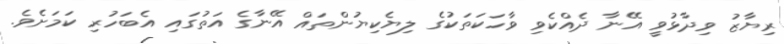
ރިޔާޒު ވިދާޅުވީ އޭނާ ދެއްކެވި ވާހަކަތަކުގެ ލިޔެކިޔުންތައް އޭނާގެ އަތުގައި އެބަހުރި ކަމަށެވެ.